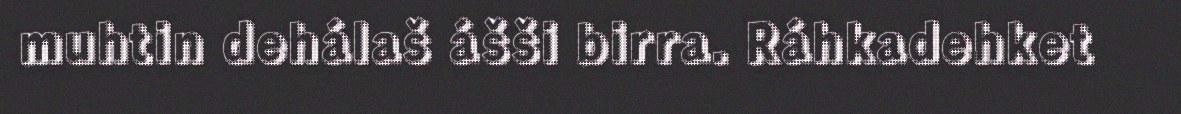
muhtin dehálaš ášši birra. Ráhkadehket